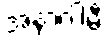
အနာဂါမီ